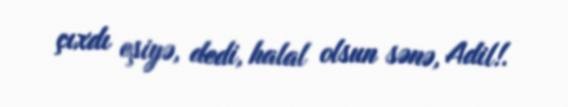
çıxdı eşiyə, dedi, halal olsun sənə, Adil!.